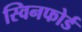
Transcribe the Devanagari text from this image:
स्विनफोर्ड